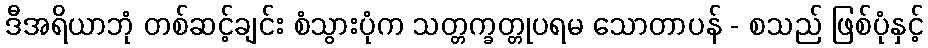
ဒီအရိယာဘုံ တစ်ဆင့်ချင်း စံသွားပုံက သတ္တက္ခတ္တုပရမ သောတာပန် - စသည် ဖြစ်ပုံနှင့်